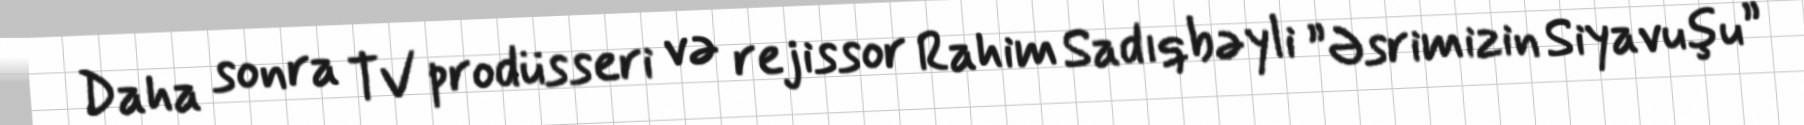
Daha sonra TV prodüsseri və rejissor Rahim Sadıqbəyli ”Əsrimizin Siyavuşu”